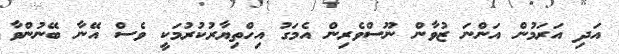
އަދި އަރަމުން އަންނަ ޒުވާން ނޫސްވެރިން އެމަގު އިހްތިޔާރުކުރުމަކީ ވެސް އޭނާ ބޭނުންވާ